Report on vaccination in Madras 1877-1894 - 1877-1894
Year: 1877
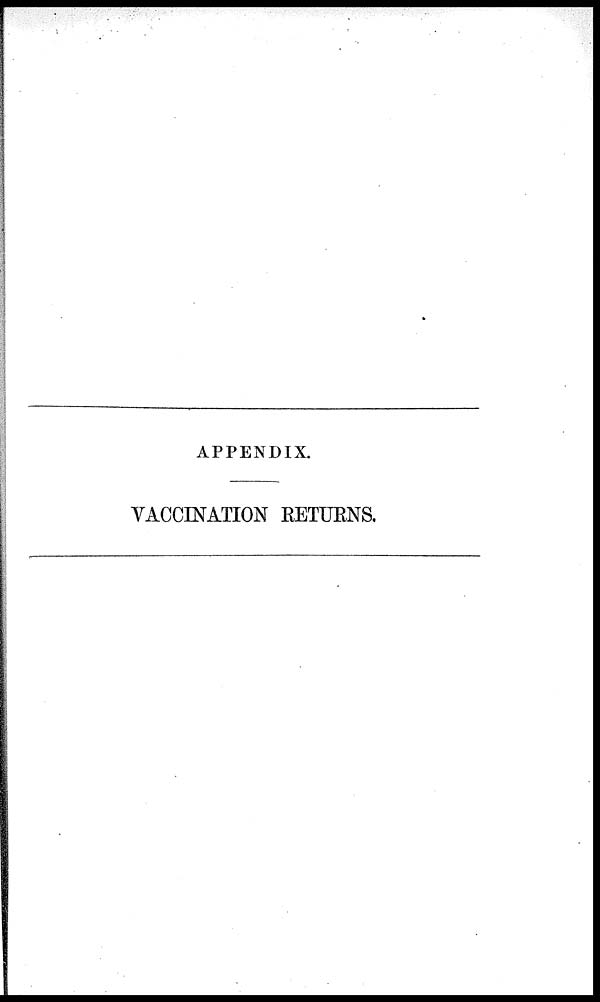
APPENDIX.
VACCINATION RETURNS.